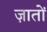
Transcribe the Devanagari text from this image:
ज़ातों